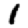
Digit: 1